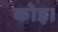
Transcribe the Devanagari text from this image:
कोइ।